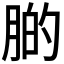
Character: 𦝂